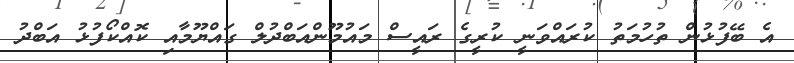
އެ ބޭފުޅުން ތުހުމަތު ކުރައްވަނީ ކުރީގެ ރައީސް މައުމޫންއަބްދުލް ގައްޔޫމާއި ކޮއްކޯފުޅު އަބްދު